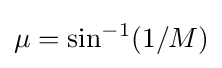
\mu =\sin ^{-1}(1/M)